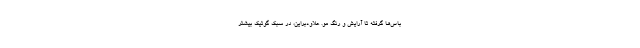
باس‌ها گرفته تا آرایش و رنگ مو. علاوه‌‌براین، در سبک گوتیک بیشتر